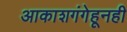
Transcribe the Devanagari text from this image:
आकाशगंगेहूनही